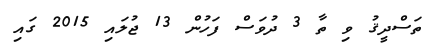
ތަސްދީޤު ވި ތާ 3 ދުވަސް ފަހުން 13 ޖުލައި 2015 ގައި